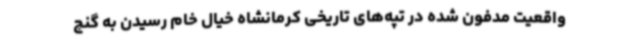
واقعیت مدفون شده در تپه‌های تاریخی کرمانشاه خیال خام رسیدن به گنج